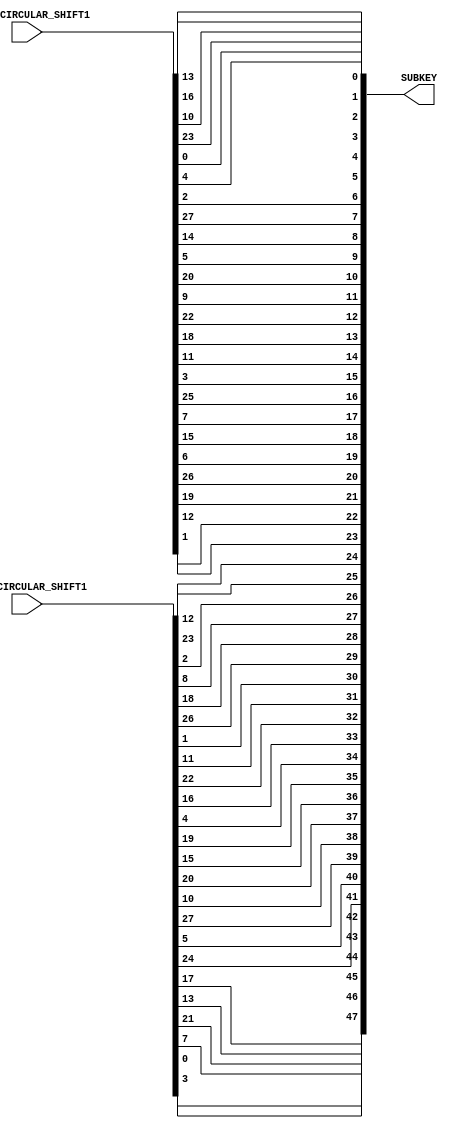
`timescale 1ns / 1ps
//////////////////////////////////////////////////////////////////////////////////
// Company: 
// Engineer: 
// 
// Design Name: 
// Module Name:    Permuted_Choice2 
// Project Name: 
// Target Devices: 
// Tool versions: 
// Description: 
//
// Dependencies: 
//
// Revision: 
// Revision 0.01 - File Created
// Additional Comments: 
//
//////////////////////////////////////////////////////////////////////////////////
module Permuted_Choice2(LEFT_CIRCULAR_SHIFT1, RIGHT_CIRCULAR_SHIFT1, SUBKEY);
//input [28 : 1] LEFTHALF_CIRCULAR_SHIFT1;
input [28 : 1] LEFT_CIRCULAR_SHIFT1;
//input [28 : 1] RIGHTHALF_CIRCULAR_SHIFT1;
input [28 : 1] RIGHT_CIRCULAR_SHIFT1;
output [48 : 1] SUBKEY;
//wire [28 : 1] LEFTHALF_CIRCULAR_SHIFT1;
wire [28 : 1] LEFT_CIRCULAR_SHIFT1;
//wire [28 : 1] RIGHTHALF_CIRCULAR_SHIFT1;
wire [28 : 1] RIGHT_CIRCULAR_SHIFT1;
reg [48 : 1] SUBKEY;
//wire [56 : 1] LEFT_CIRCULAR_SHIFT1;
//wire [56 : 1] LEFT_CIRCULAR_SHIFT2;
wire [56 : 1] PERMUTATION2_INPUT;
 assign PERMUTATION2_INPUT = {LEFT_CIRCULAR_SHIFT1 , RIGHT_CIRCULAR_SHIFT1};
 always @ (PERMUTATION2_INPUT)
 begin
 SUBKEY[1] <= PERMUTATION2_INPUT[14];
 SUBKEY[2] <= PERMUTATION2_INPUT[17];
 SUBKEY[3] <= PERMUTATION2_INPUT[11];
 SUBKEY[4] <= PERMUTATION2_INPUT[24];
 SUBKEY[5] <= PERMUTATION2_INPUT[1];
 SUBKEY[6] <= PERMUTATION2_INPUT[5];
 SUBKEY[7] <= PERMUTATION2_INPUT[3];
 SUBKEY[8] <= PERMUTATION2_INPUT[28];
 SUBKEY[9] <= PERMUTATION2_INPUT[15];
 SUBKEY[10] <= PERMUTATION2_INPUT[6];
 SUBKEY[11] <= PERMUTATION2_INPUT[21];
 SUBKEY[12] <= PERMUTATION2_INPUT[10];
 SUBKEY[13] <= PERMUTATION2_INPUT[23];
 SUBKEY[14] <= PERMUTATION2_INPUT[19];
 SUBKEY[15] <= PERMUTATION2_INPUT[12];
 SUBKEY[16] <= PERMUTATION2_INPUT[4];
 SUBKEY[17] <= PERMUTATION2_INPUT[26];
 SUBKEY[18] <= PERMUTATION2_INPUT[8];
 SUBKEY[19] <= PERMUTATION2_INPUT[16];
 SUBKEY[20] <= PERMUTATION2_INPUT[7];
 SUBKEY[21] <= PERMUTATION2_INPUT[27];
 SUBKEY[22] <= PERMUTATION2_INPUT[20];
 SUBKEY[23] <= PERMUTATION2_INPUT[13];
 SUBKEY[24] <= PERMUTATION2_INPUT[2];
 SUBKEY[25] <= PERMUTATION2_INPUT[41];
 SUBKEY[26] <= PERMUTATION2_INPUT[52];
 SUBKEY[27] <= PERMUTATION2_INPUT[31];
 SUBKEY[28] <= PERMUTATION2_INPUT[37];
 SUBKEY[29] <= PERMUTATION2_INPUT[47];
 SUBKEY[30] <= PERMUTATION2_INPUT[55];
 SUBKEY[31] <= PERMUTATION2_INPUT[30];
 SUBKEY[32] <= PERMUTATION2_INPUT[40];
 SUBKEY[33] <= PERMUTATION2_INPUT[51];
 SUBKEY[34] <= PERMUTATION2_INPUT[45];
 SUBKEY[35] <= PERMUTATION2_INPUT[33];
 SUBKEY[36] <= PERMUTATION2_INPUT[48];
 SUBKEY[37] <= PERMUTATION2_INPUT[44];
 SUBKEY[38] <= PERMUTATION2_INPUT[49];
 SUBKEY[39] <= PERMUTATION2_INPUT[39];
SUBKEY[40] <= PERMUTATION2_INPUT[56];
SUBKEY[41] <= PERMUTATION2_INPUT[34];
SUBKEY[42] <= PERMUTATION2_INPUT[53];
SUBKEY[43] <= PERMUTATION2_INPUT[46];
SUBKEY[44] <= PERMUTATION2_INPUT[42];
SUBKEY[45] <= PERMUTATION2_INPUT[50];
SUBKEY[46] <= PERMUTATION2_INPUT[36];
SUBKEY[47] <= PERMUTATION2_INPUT[29];
SUBKEY[48] <= PERMUTATION2_INPUT[32];
end
endmodule